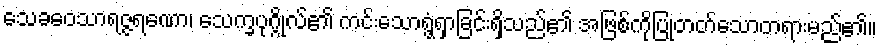
သေခဝေသာရဇ္ဇရဏော၊ သေက္ခပုဂ္ဂိုလ်၏ ကင်းသောရွံ့ရှာခြင်းရှိသည်၏ အဖြစ်ကိုပြုတတ်သောတရားမည်၏။